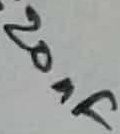
Text: 20nF